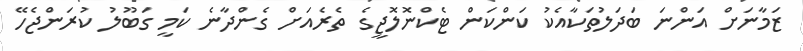
ޒަމާނަށް އަންނަ ބަދަލުތަކާއެކު ކަންކަން ޓެކްނޮލޮޖީގެ ތެރެއަށް ގެންދާނެ ކަމީ ގަބޫލު ކުރަންޖެހޭ